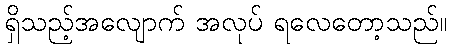
ရှိသည့်အလျောက် အလုပ် ရလေတော့သည်။